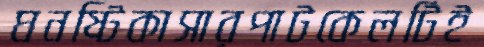
ঘনষ্টিকাসারপাটকেলটিই